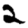
Digit: 2